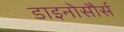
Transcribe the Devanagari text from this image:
डाइनोसौर्स